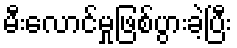
မီးလောင်မှုဖြစ်ပွားခဲ့ပြီး